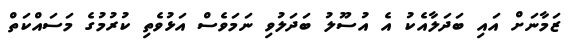
ޒަމާނަށް އައި ބަދަލާއެކު އެ އުސޫލު ބަދަލުވި ނަމަވެސް އަޅުވެތި ކުރުމުގެ މަސައްކަތް